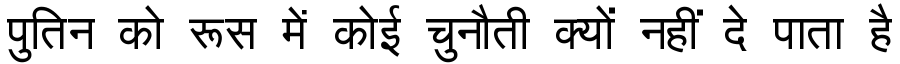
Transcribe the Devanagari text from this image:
पुतिन को रूस में कोई चुनौती क्यों नहीं दे पाता है